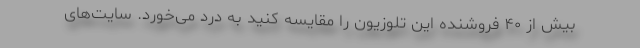
بیش از ۴۰ فروشنده این تلوزیون را مقایسه کنید به درد می‌خورد. سایت‌های